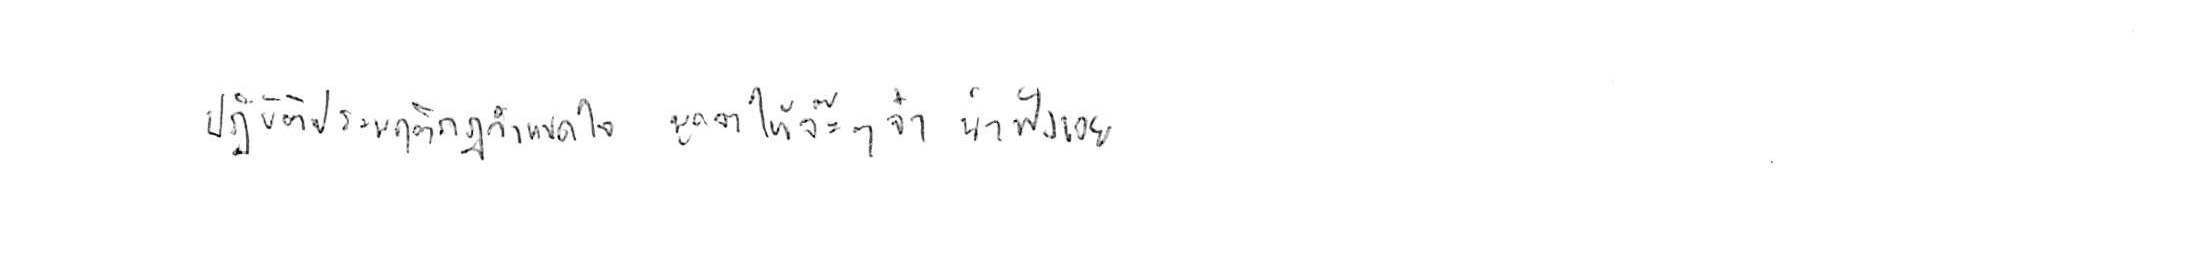
ปฏิบัติประพฤติกฎกำหนดใจ พูดจาให้จ๊ะๆ จ๋า น่าฟังเอยฯ